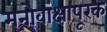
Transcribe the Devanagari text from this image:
मनोवांक्षापूरक